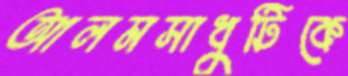
আলমসাধুটিকে